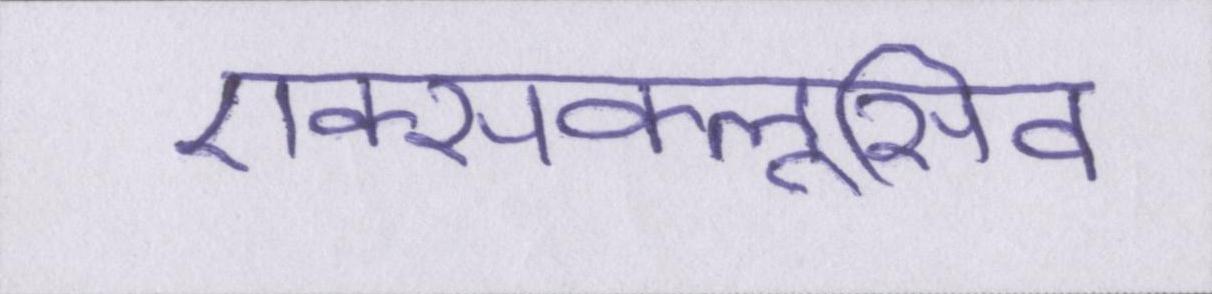
एक्सक्लूसिव